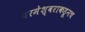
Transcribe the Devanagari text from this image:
परमेश्वराकडूनच